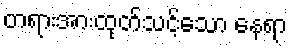
တရားအားထုတ်သင့်သော နေရာ